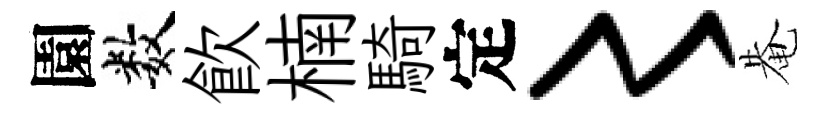
園数飮楠騎定〻𤲅